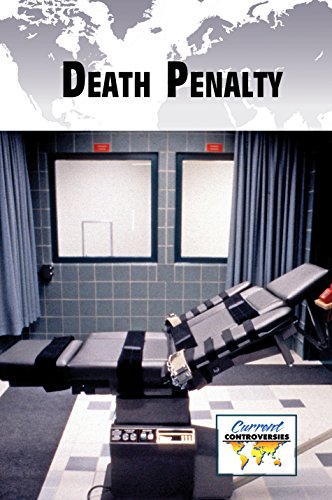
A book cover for Death Penalty (Current Controversies); Noel Merino; Teen & Young Adult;